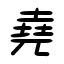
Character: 堯